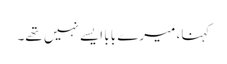
کہنا، میرے بابا ایسے نہیں تھے۔